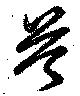
芩